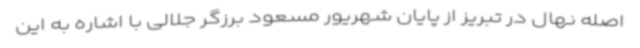
اصله نهال در تبریز از پایان شهریور مسعود برزگر جلالی با اشاره به این